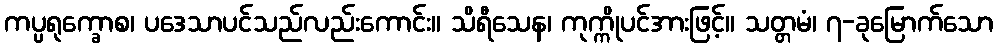
ကပ္ပရုက္ခောစ၊ ပဒေသာပင်သည်လည်းကောင်း။ သိရီသေန၊ ကုက္ကိုပင်အားဖြင့်။ သတ္တမံ၊ ၇-ခုမြောက်သော